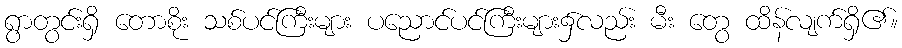
ရွာတွင်းရှိ တောစိုး သစ်ပင်ကြီးများ ပညောင်ပင်ကြီးများ၌လည်း မီး တွေ ထိန်လျက်ရှိ၏။